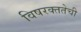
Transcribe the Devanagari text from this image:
विषरक्ततेची